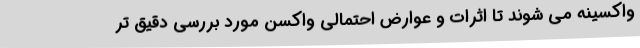
واکسینه می شوند تا اثرات و عوارض احتمالی واکسن مورد بررسی دقیق تر